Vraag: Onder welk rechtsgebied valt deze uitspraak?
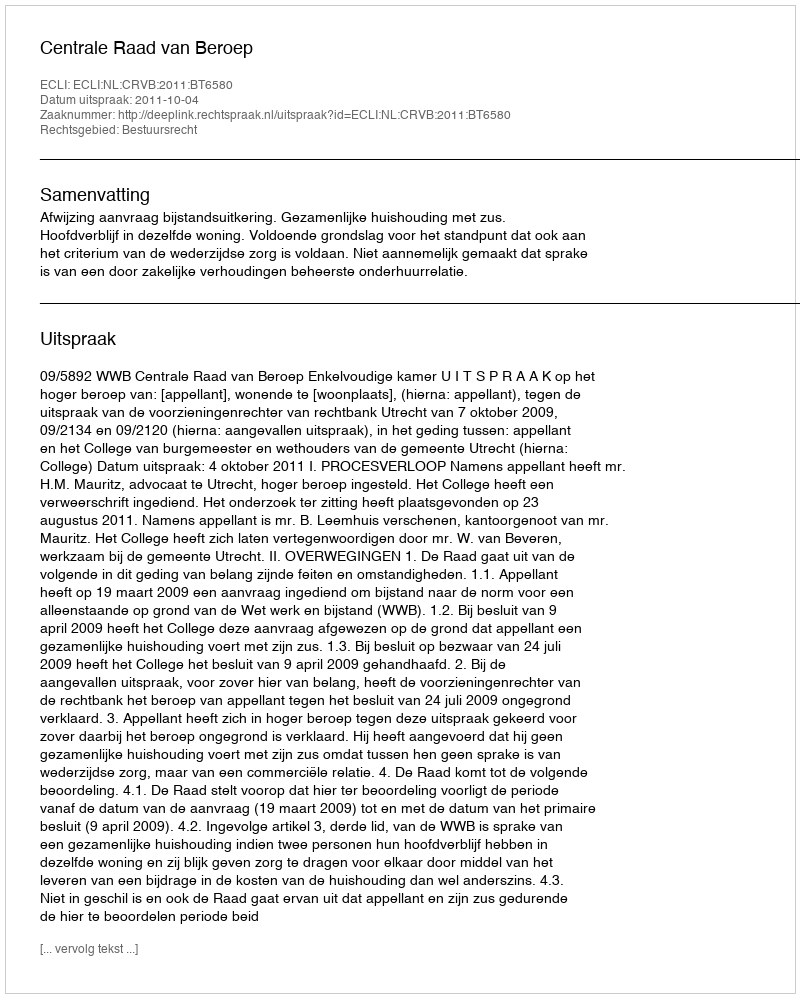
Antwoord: Bestuursrecht